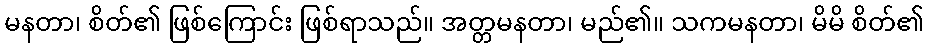
မနတာ၊ စိတ်၏ ဖြစ်ကြောင်း ဖြစ်ရာသည်။ အတ္တမနတာ၊ မည်၏။ သကမနတာ၊ မိမိ စိတ်၏